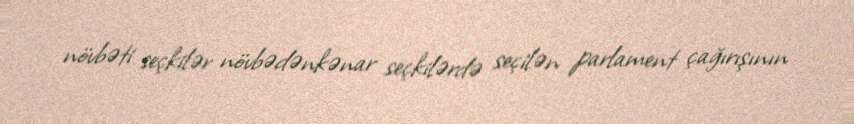
növbəti seçkilər növbədənkənar seçkilərdə seçilən parlament çağırışının